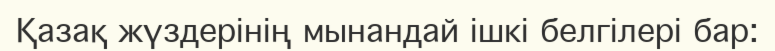
Қазақ жүздерінің мынандай ішкі белгілері бар: